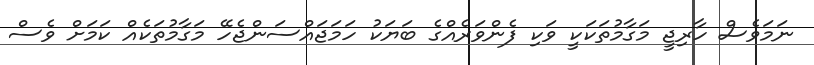
ނަމަވެސް ހާރިޖީ މަގާމުތަކަކީ ވަކި ފެންވަރެއްގެ ބަޔަކު ހަމަޖައްސަންޖެހޭ މަގާމުތަކެއް ކަމަށް ވެސް